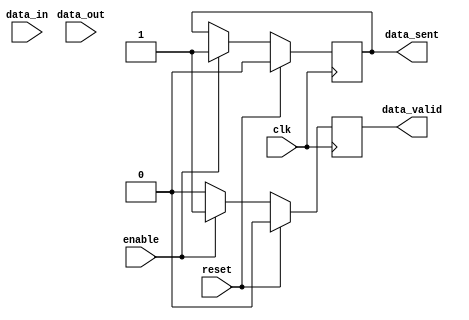
module Ethernet_Controller(
    input wire clk,
    input wire reset,
    input wire data_in,
    input wire data_out,
    input wire enable,
    output reg data_valid,
    output reg data_sent
);

reg [7:0] data_reg;

always @(posedge clk) begin
    if (reset) begin
        data_reg <= 8'b0;
        data_valid <= 1'b0;
        data_sent <= 1'b0;
    end else begin
        if (enable) begin
            // process data transfer tasks here
            data_reg <= data_in;
            data_valid <= 1'b1;
            data_sent <= 1'b1;
        end else begin
            data_valid <= 1'b0;
            // process other tasks here
        end
    end
end

endmodule